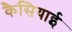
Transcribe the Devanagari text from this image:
कैसियाई